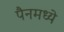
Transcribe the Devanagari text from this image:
पैनमध्ये